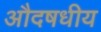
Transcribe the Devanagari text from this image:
औदषधीय